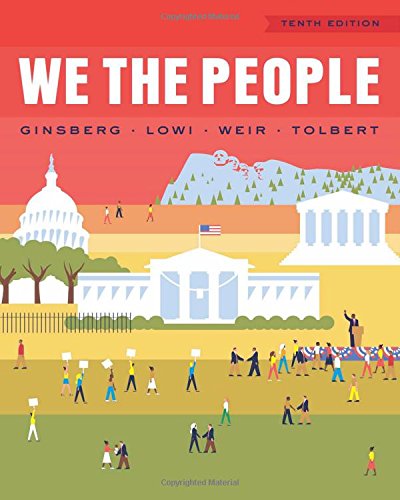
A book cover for We the People (Full Tenth Edition) (Newest Edition); Benjamin Ginsberg; Politics & Social Sciences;